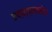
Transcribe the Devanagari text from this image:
एक्स्प्लानेडा